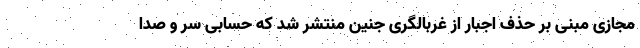
مجازی مبنی بر حذف اجبار از غربالگری جنین منتشر شد که حسابی سر و صدا